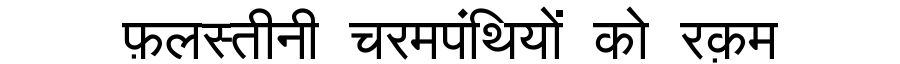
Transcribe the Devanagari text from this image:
फ़लस्तीनी चरमपंथियों को रक़म